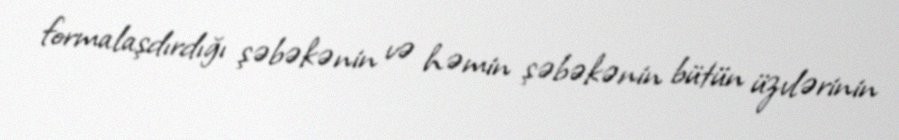
formalaşdırdığı şəbəkənin və həmin şəbəkənin bütün üzvlərinin